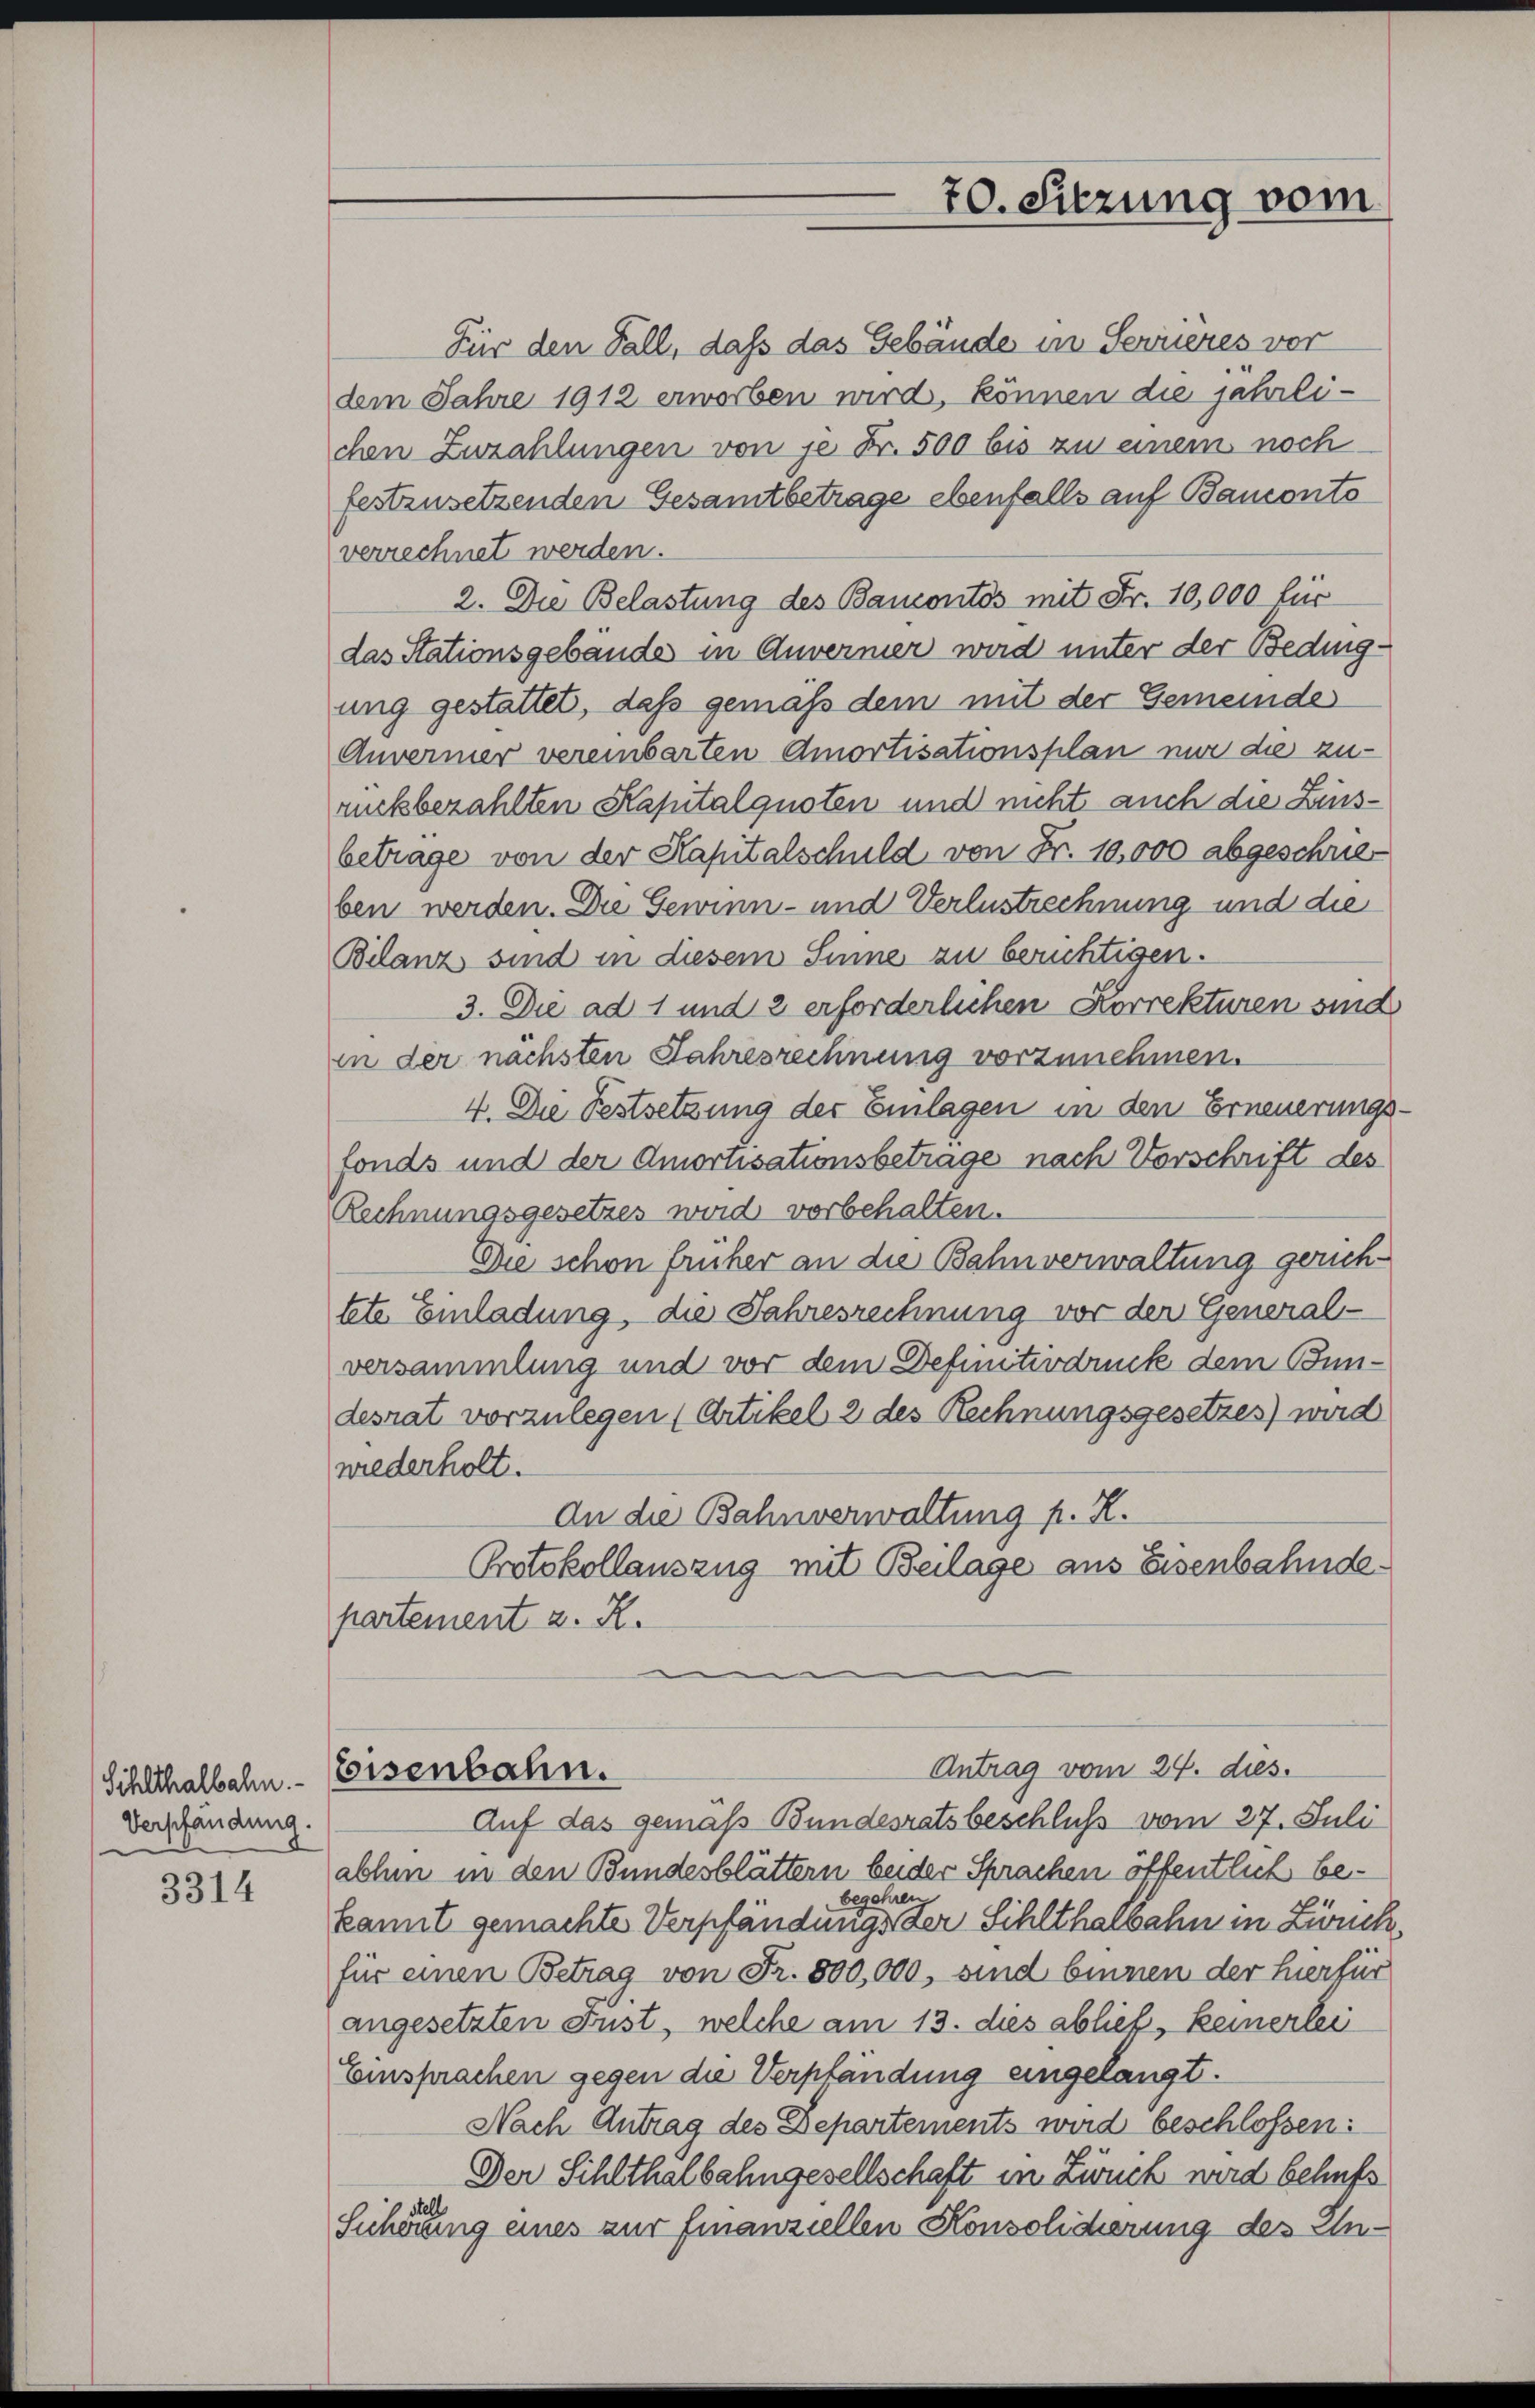
Sihlthalbahn.
Verpfändung.

3314

Für den Fall, daß das Gebäude in Ferieres vor
dem Jahre 1912 erworben wird, können die jehrlichen Zuzahlungen von je Fr. 500 bis zu einem noch
festzusetzenden Gesamtbetrage ebenfalls auf Banconto
verrechnet werden.
2. Die Belastung des Bancontos mit Fr. 10,000 lic
das Stationsgebäude in Anverner wird unter der Beding-
ung gestattet, daß gemäß dem mit der Gemeinde
Anvermer vereinbarten Amortisationsplan nur die zurückbezahlten Kapitalguoten und nicht auch die Zinsbetrage von der Kapitalschuld von Fr. 10,000 abgeschreben werden. Die Gewinn- und Verlustrechnung und die
Bilanz sind in diesem Sinne zu berichtigen.
3. Die ad 1 und 2 erforderlichen Korrekturen sind
in der nächsten Jahresrechnung vorzunehmen.
4. Die Festsetzung der Einlagen in den Erneuerungsfonds und der Amortisationsbetrage nach Vorschrift des
Rechnungsgesetzes wird vorbehalten.
Die schon früher an die Bahnverwaltung gerichtete Einladung, die Jahresrechnung vor der General-
versammlung und vor dem Definiterdruck dem Bundesrat vorzulegen (Artikel 2 des Rechnungsgesetzes) wird
wiederholt.
An die Bahnverwaltung p. K.
Protokollauszug mit Beilage aus Eisenbahndepartement u. R.

Eisenbahn.

70. Sitzung vom

Auf das gemaß Bundesratsbeschluß vom 27. Juli
abhin in den Bundesblättern beider Sprachen öffentlich bebegehren
kannt gemachte Verpfändungs der Sihlthalbahn in Zweck,
für einen Betrag von Fr. 800,000, sind binnen der hierfür
angesetzten Fust, welche am 13. dies ablieb, keinerlei
Einsprachen gegen die Verpfändung eingelangt.
Nach Antrag des Departements wird beschlossen:
Der Sihlthalbahngesellschaft in Zweck wird behufs
Sücherung eines zur Finanziellen Konsoliderung des Un¬

Antrag vom 24. dies.